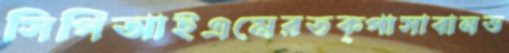
সিপিআইএমেরতক্পাসাবানড